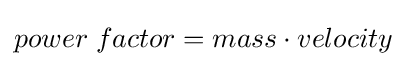
{power\;factor}={mass}\cdot {velocity}